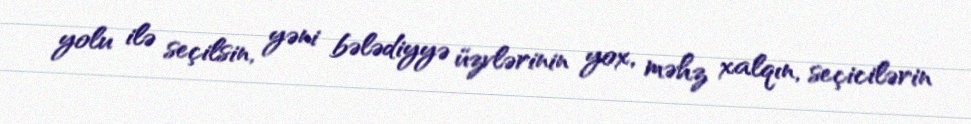
yolu ilə seçilsin, yəni bələdiyyə üzvlərinin yox, məhz xalqın, seçicilərin